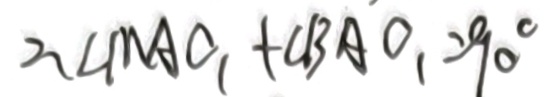
2 、 \angle M A C _ { 1 } + \angle B A O _ { 1 } = 9 0 ^ { \circ }